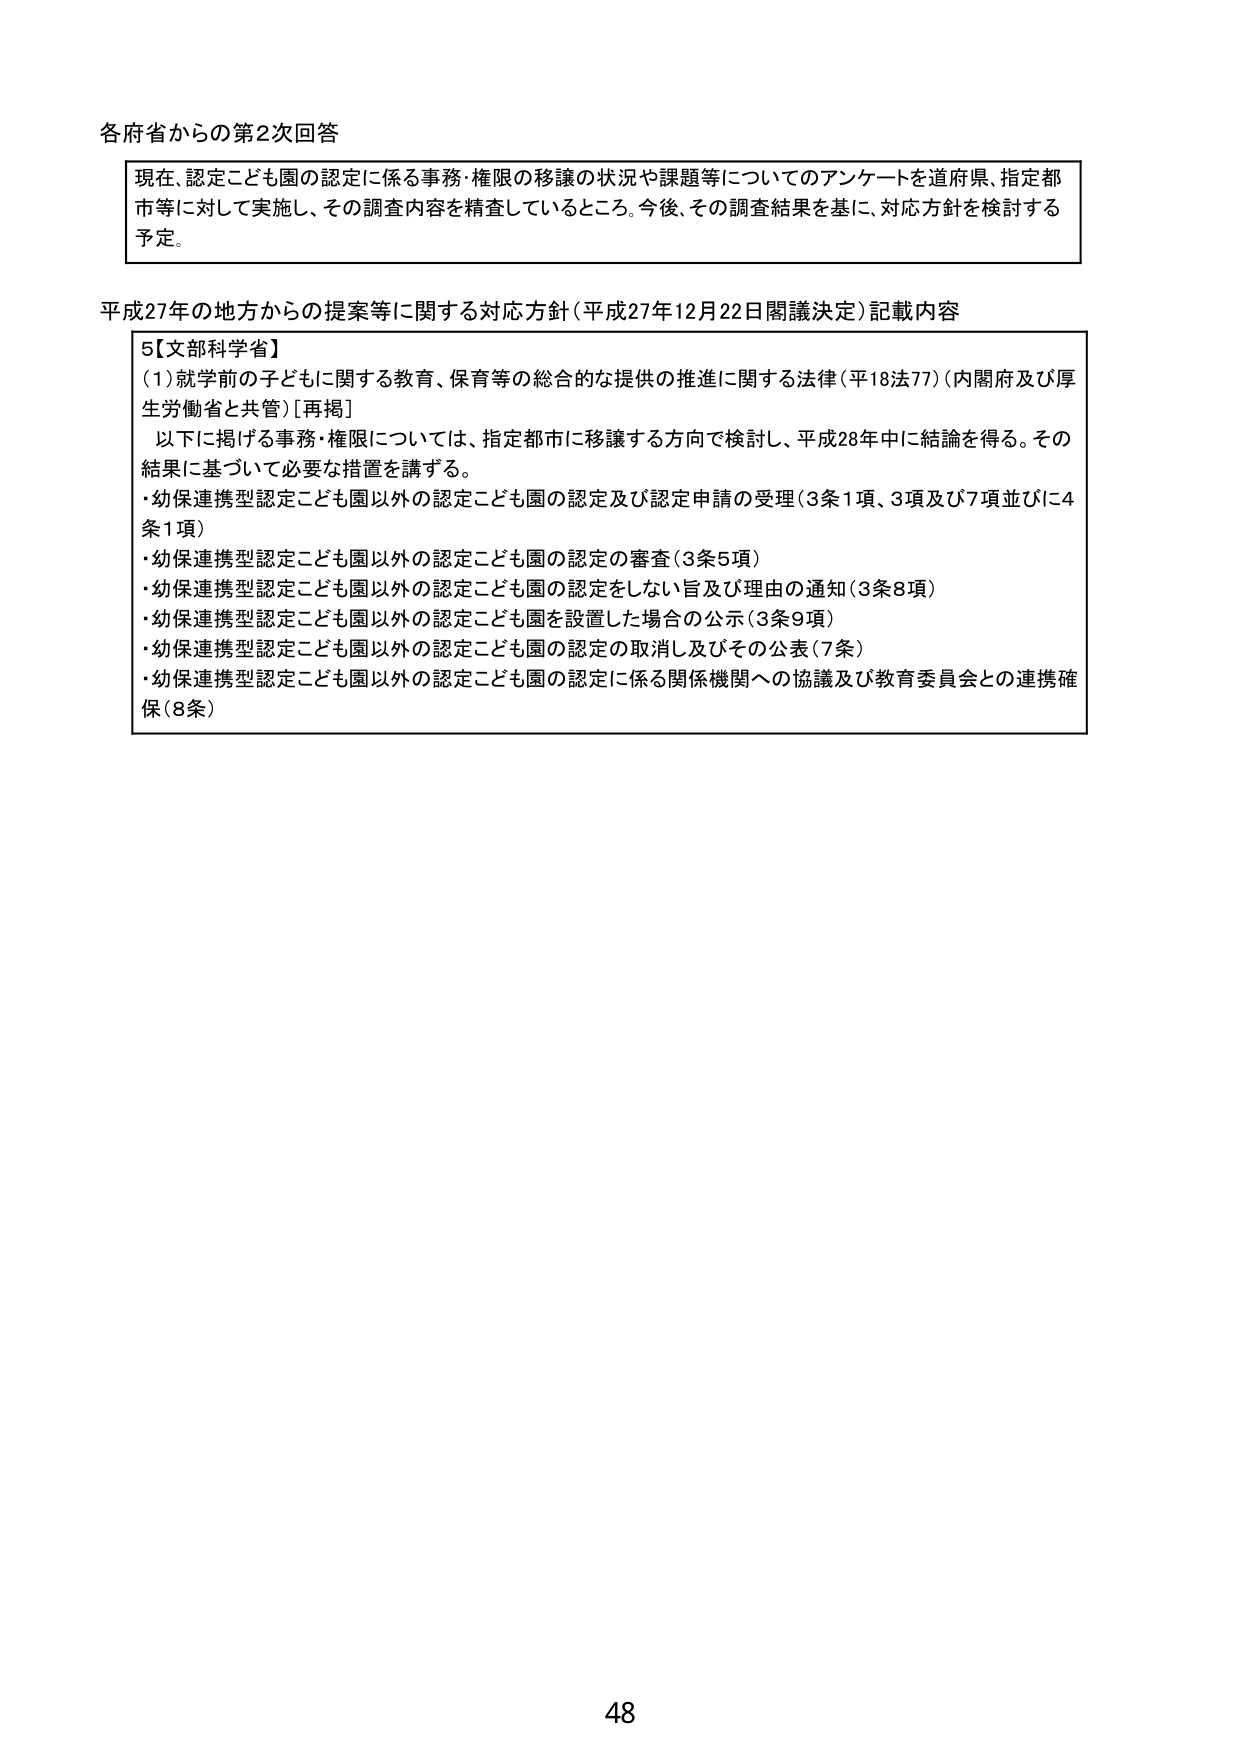
各府省からの第2次回答

現在、認定こども園の認定に係る事務・権限の移譲の状況や課題等についてのアンケートを道府県、指定都市等に対して実施し、その調査内容を精査しているところ。今後、その調査結果を基に、対応方針を検討する予定。

平成27年の地方からの提案等に関する対応方針（平成27年12月22日閣議決定）記載内容

5【文部科学省】
（1）就学前の子どもに関する教育、保育等の総合的な提供の推進に関する法律（平18法77）（内閣府及び厚生労働省と共管）[再掲]
　以下に掲げる事務・権限については、指定都市に移譲する方向で検討し、平成28年中に結論を得る。その結果に基づいて必要な措置を講ずる。
・幼保連携型認定こども園以外の認定こども園の認定及び認定申請の受理（3条1項、3項及び7項並びに4条1項）
・幼保連携型認定こども園以外の認定こども園の認定の審査（3条5項）
・幼保連携型認定こども園以外の認定こども園の認定をしない旨及び理由の通知（3条8項）
・幼保連携型認定こども園以外の認定こども園を設置した場合の公示（3条9項）
・幼保連携型認定こども園以外の認定こども園の認定の取消し及びその公表（7条）
・幼保連携型認定こども園以外の認定こども園の認定に係る関係機関への協議及び教育委員会との連携確保（8条）

48